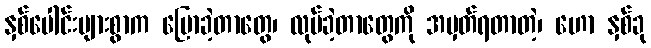
နှစ်ပေါင်းများစွာက ပြောခဲ့တာတွေ၊ လုပ်ခဲ့တာတွေကို အမှတ်ရတာတဲ့၊ ဟော နှစ်ခု